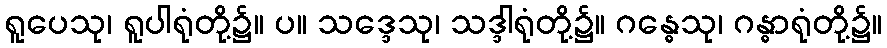
ရူပေသု၊ ရူပါရုံတို့၌။ ပ။ သဒ္ဒေသု၊ သဒ္ဒါရုံတို့၌။ ဂန္ဓေသု၊ ဂန္ဓာရုံတို့၌။